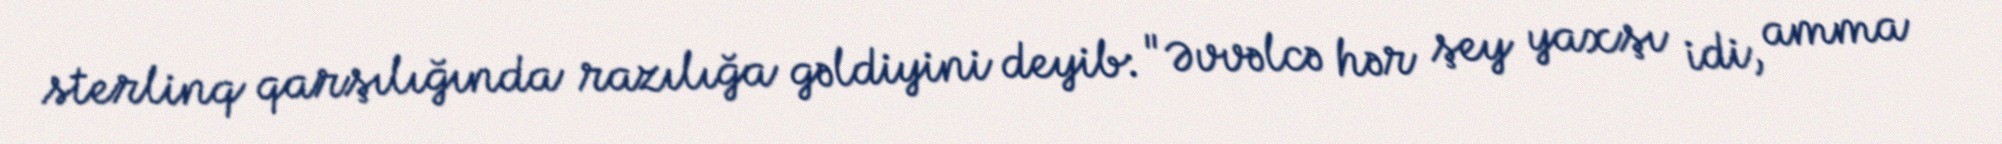
sterlinq qarşılığında razılığa gəldiyini deyib: "Əvvəlcə hər şey yaxşı idi, amma